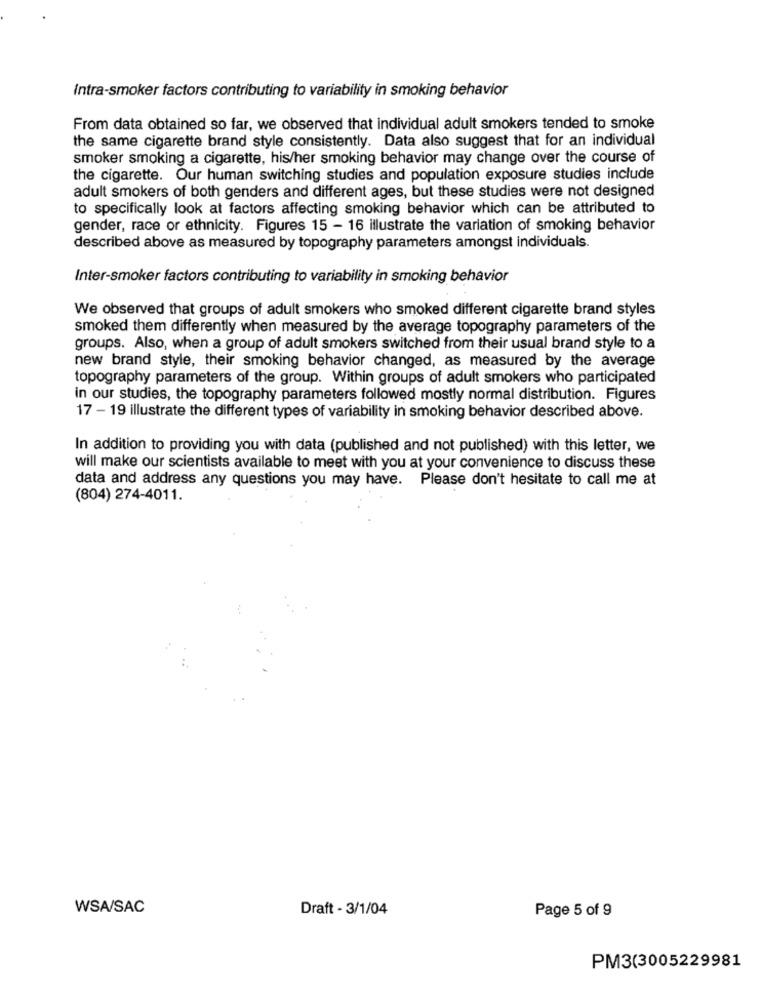
Intra-smoker factors contributing to variability in smoking behavior
From data obtained so far, we observed that individual adult smokers tended to smoke
the same cigarette brand style consistently. Data also suggest that for an individual
smoker smoking a cigarette, his/her smoking behavior may change over the course of
the cigarette. Our human switching studies and population exposure studies include
adult smokers of both genders and different ages, but these studies were not designed
to specifically look at factors affecting smoking behavior which can be attributed to
gender, race or ethnicity. Figures 15 - 16 illustrate the variation of smoking behavior
described above as measured by topography parameters amongst individuals.
Inter-smoker factors contributing to variability in smoking behavior
We observed that groups of adult smokers who smoked different cigarette brand styles
smoked them differently when measured by the average topography parameters of the
groups. Also, when a group of adult smokers switched from their usual brand style to a
new brand style, their smoking behavior changed, as measured by the average
topography parameters of the group. Within groups of adult smokers who participated
in our studies, the topography parameters followed mostly normal distribution. Figures
17 - 19 illustrate the different types of variability in smoking behavior described above.
In addition to providing you with data (published and not published) with this letter, we
will make our scientists available to meet with you at your convenience to discuss these
data and address any questions you may have. Please don't hesitate to call me at
(804) 274-4011.
WSA/SAC
Draft - 3/1/04
Page 5 of 9
PM3(3005229981